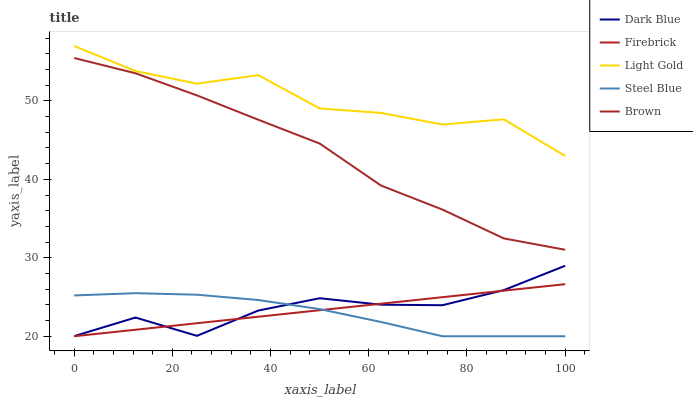
| xaxis_label | Dark Blue | Firebrick | Light Gold | Steel Blue | Brown |
 | --- | --- | --- | --- | --- | --- |
 | 0 | 20 | 20 | 57 | 25.2 | 55.5 |
 | 12.5 | 22.4 | 20.8 | 53.8 | 25.5 | 53.5 |
 | 25 | 20.1 | 21.7 | 52.2 | 25.3 | 50.7 |
 | 37.5 | 23.3 | 22.5 | 53.3 | 24.6 | 47.6 |
 | 50 | 24.8 | 23.3 | 49 | 23.5 | 44.6 |
 | 62.5 | 24 | 24.1 | 48.5 | 21.8 | 39.2 |
 | 75 | 24 | 25 | 47 | 20 | 36.1 |
 | 87.5 | 25.9 | 25.8 | 47.7 | 20 | 32.5 |
 | 100 | 29 | 26.6 | 43 | 20 | 31 |